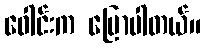
ဝေါင်းက ပြောပါတယ်။